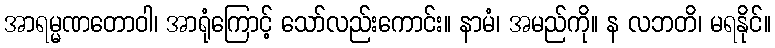
အာရမ္မဏတောဝါ၊ အာရုံကြောင့် သော်လည်းကောင်း။ နာမံ၊ အမည်ကို။ န လဘတိ၊ မရနိုင်။